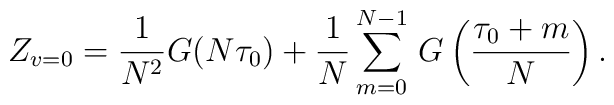
Z_{v=0}=\frac{1}{N^2}G(N\tau_0) + \frac{1}{N}\sum_{m=0}^{N-1}\, G\left(\frac{\tau_0+m}{N}\right).